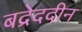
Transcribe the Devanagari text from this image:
बद्रेददीन